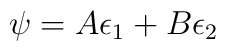
\psi = A \epsilon_{1} + B \epsilon_{2}